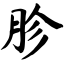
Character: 胗